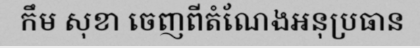
កឹម សុខា ចេញពីតំណែងអនុប្រធាន